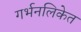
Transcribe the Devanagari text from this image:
गर्भनलिकेत